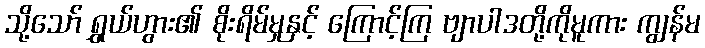
သို့သော် ရွှယ်ဟွား၏ စိုးရိမ်မှုနှင့် ကြောင့်ကြ ဗျာပါဒတို့ကိုမူကား ကျွန်မ